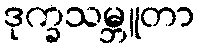
ဒုက္ခသမ္ဘူတာ